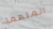
المتهمة